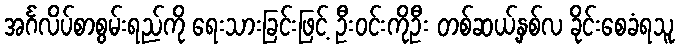
အင်္ဂလိပ်စာစွမ်းရည်ကို ရေးသားခြင်းဖြင့် ဦးဝင်းကိုဦး တစ်ဆယ့်နှစ်လ ခိုင်းစေခံရသူ